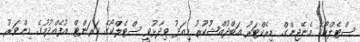
ސްޓެލްކޯގެ މެނޭޖިންގް ޑިރެކްޓަރު އަބްދުއްޝުކޫރު މިއަދު ވިދާޅުވީ ސްޓެލްކޯގެ ކަރަންޓް އުފެއްދުމުގެ މިންވަރު